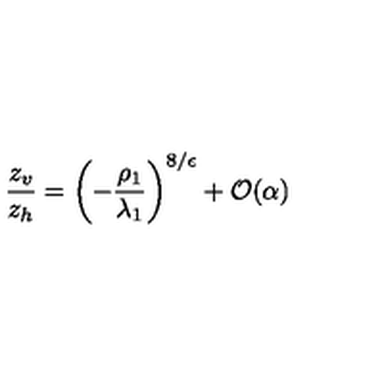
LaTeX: \frac { z _ { v } } { z _ { h } } = \left( - \frac { \rho _ { 1 } } { \lambda _ { 1 } } \right) ^ { 8 / \epsilon } + { \cal O } ( \alpha )